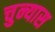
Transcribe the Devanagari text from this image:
चुन्यास